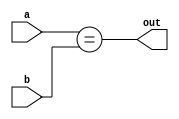
`timescale 1ns / 1ps
//////////////////////////////////////////////////////////////////////////////////
// 
// Design Name: comparator
// Module Name: equal
// Project Name: project 2
// Target Devices: FPGA board 
// Description: compare the two number a and b
// 
// Dependencies: a,b
// 
//////////////////////////////////////////////////////////////////////////////////


module equal(a,b,out);
input [31:0] a,b;
output out;

reg out;
always @(a,b)
  out=a==b;
endmodule